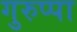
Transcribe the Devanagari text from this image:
गुरुप्पा